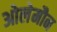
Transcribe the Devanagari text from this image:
ओलेमौन